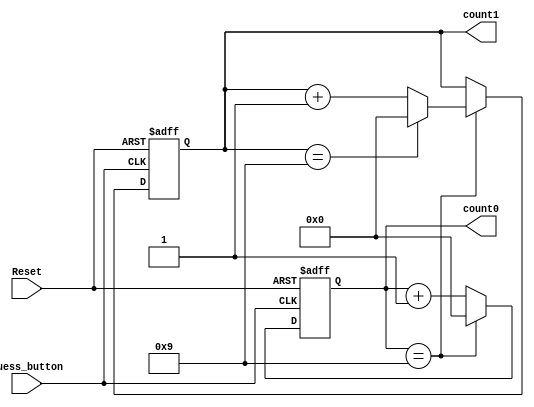
module countGuesses (Reset, Guess_button, count0, count1);
	input Reset, Guess_button;
	output reg [3:0] count0, count1;
	
	always@(negedge Guess_button, negedge Reset) begin
		if (~Reset) begin
			count0 <= 4'b0000;
			count1 <= 4'b0000;
		end
		else if (~Guess_button) begin
			if (count0 == 4'b1001) begin
				count0 <= 4'b0000;
				if (count1 == 4'b1001) begin
					count1 <= 4'b0000;
				end
				else begin
					count1 <= count1 + 1'b1;
				end
			end
			else begin
				count0 <= count0 + 1'b1;
			end
		end
	end
endmodule